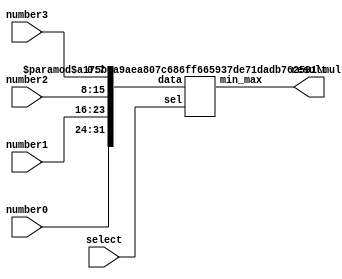
module MMS_4num(result, select, number0, number1, number2, number3);

input        select;
input  [7:0] number0;
input  [7:0] number1;
input  [7:0] number2;
input  [7:0] number3;
output [7:0] result; 


multi_cmp #(.WIDTH(8),.SIZE(4))
mms_4num(.data({number0,number1,number2,number3}),.sel(select),.min_max(result));

endmodule

module multi_cmp #(parameter WIDTH=32,SIZE=2)(
	input [WIDTH*SIZE-1:0] data,input sel,
	output [WIDTH-1:0] min_max
);
generate
	case(SIZE)
		1:assign min_max=data[WIDTH-1:0];
		2:assign min_max=(sel ^ (data[WIDTH+:WIDTH]>data[0+:WIDTH]))? data[WIDTH+:WIDTH]:data[0+:WIDTH];
		default: begin
			wire [WIDTH-1:0]r1;
			multi_cmp #(.WIDTH (WIDTH),.SIZE(SIZE/2))
			right(.data(data[WIDTH*(SIZE/2)-1:0]),.min_max(r1),.sel(sel));

			wire [WIDTH-1:0]r2;
			multi_cmp #(.WIDTH (WIDTH),.SIZE(SIZE-SIZE/2))
			left(.data(data[WIDTH*SIZE-1:WIDTH*(SIZE/2)]),.min_max(r2),.sel(sel));

			assign min_max=(sel ^ (r1>r2))? r1:r2;
		end
	endcase
endgenerate
endmodule